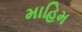
માહિમ